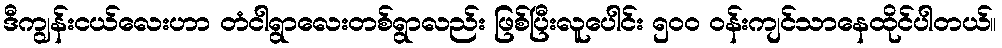
ဒီကျွန်းငယ်လေးဟာ တံငါရွာလေးတစ်ရွာလည်း ဖြစ်ပြီးလူပေါင်း ၅၀၀ ဝန်းကျင်သာနေထိုင်ပါတယ်။